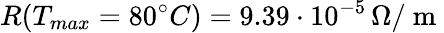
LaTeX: R(T_{max}=80^{\circ}C)=9.39\cdot 10^{-5}\, \Omega/\mathrm{~m~}